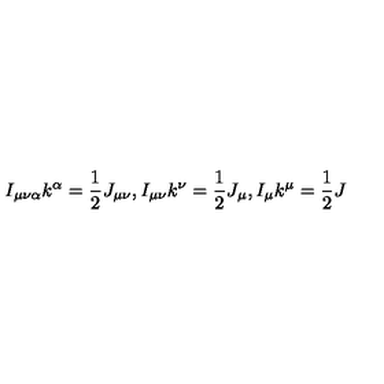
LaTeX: I _ { \mu \nu \alpha } k ^ { \alpha } = \frac { 1 } { 2 } J _ { \mu \nu } , I _ { \mu \nu } k ^ { \nu } = \frac { 1 } { 2 } J _ { \mu } , I _ { \mu } k ^ { \mu } = \frac { 1 } { 2 } J